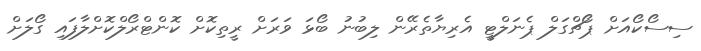
ސިސޯކޯއަށް ޕޯޗްގަލް ޕެނަލްޓީ އެރިޔާތެރޭން ލިބުނު ބޯޅަ ވަރަށް ރީތިކޮށް ކޮންޓްރޯލްކޮށްލާފައި ގޯލަށް